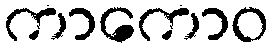
ကာကောဝ